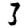
Digit: 3